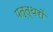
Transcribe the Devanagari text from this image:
पत्त्थरों